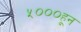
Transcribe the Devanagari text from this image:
५०००हून